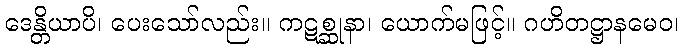
ဒေန္တိယာပိ၊ ပေးသော်လည်း။ ကဋစ္ဆုနာ၊ ယောက်မဖြင့်။ ဂဟိတဋ္ဌာနမေဝ၊